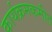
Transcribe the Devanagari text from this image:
कार्यक्रमकमीत